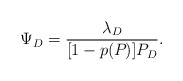
\begin{align*}\Psi_D = \frac{\lambda_D}{[1-p(P_{})]P_D}.\end{align*}